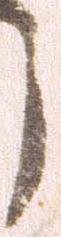
う